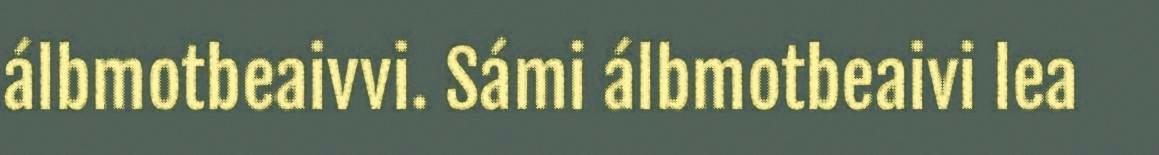
álbmotbeaivvi. Sámi álbmotbeaivi lea